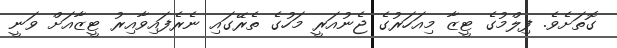
ގޮތަށެވެ. ފިލްމުގެ ޓީޒާ މިއަހަރުގެ ޖެނުއަރީ މަހުގެ ތެރޭގައި ނެރެފައިވާއިރު ޓީޒާއަށް ވަނީ